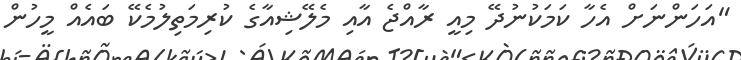
"އަހަންނަށް އެހާ ކަމަކުނުދޭ މިއީ ރާއްޖެ އާއި މެލޭޝިއާގެ ކުރިމަތިލުމެކޭ ބައެއް މީހުން